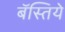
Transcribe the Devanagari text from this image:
बॅस्तिये